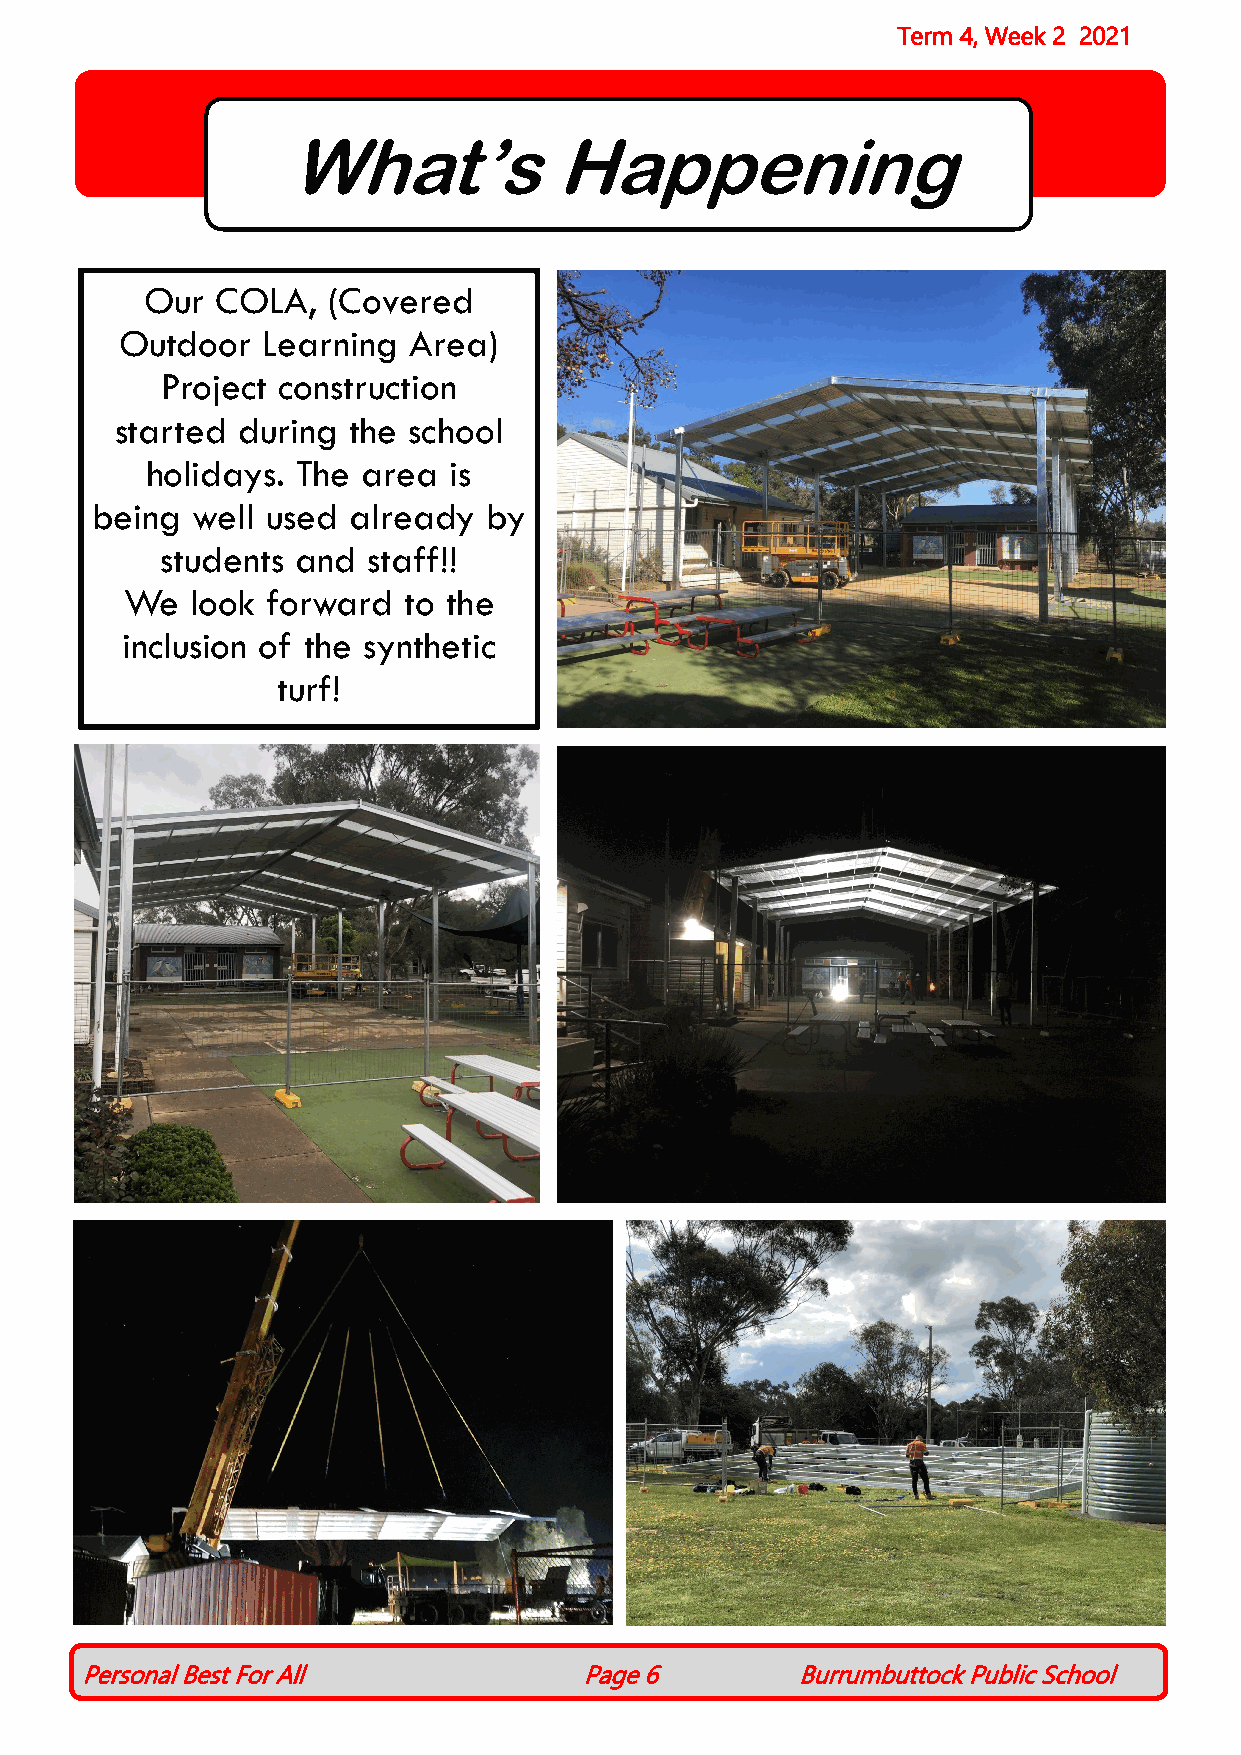
Term 4, Week 2 2021
 What’s            Happening
 Our COLA,   (Covered
 Outdoor  Learning  Area)
 Project construction
 started during the school
 holidays. The area  is
 being  well used already  by
 students and staff!!
 We   look forward  to the
 inclusion of the synthetic
 turf!
 Personal Best For All             Page 6        Burrumbuttock Public School